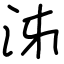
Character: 泲